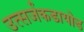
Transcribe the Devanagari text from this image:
उत्सर्जकडायोड